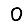
Digit: 0